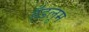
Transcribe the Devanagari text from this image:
हँडलूम